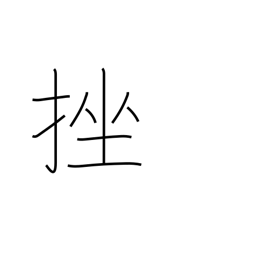
Meaning: break